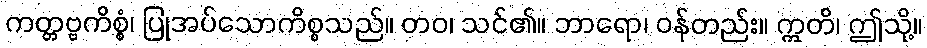
ကတ္တဗ္ဗကိစ္စံ၊ ပြုအပ်သောကိစ္စသည်။ တဝ၊ သင်၏။ ဘာရော၊ ဝန်တည်း။ ဣတိ၊ ဤသို့။